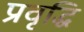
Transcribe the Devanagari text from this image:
प्रवृद्धि